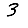
Digit: 3